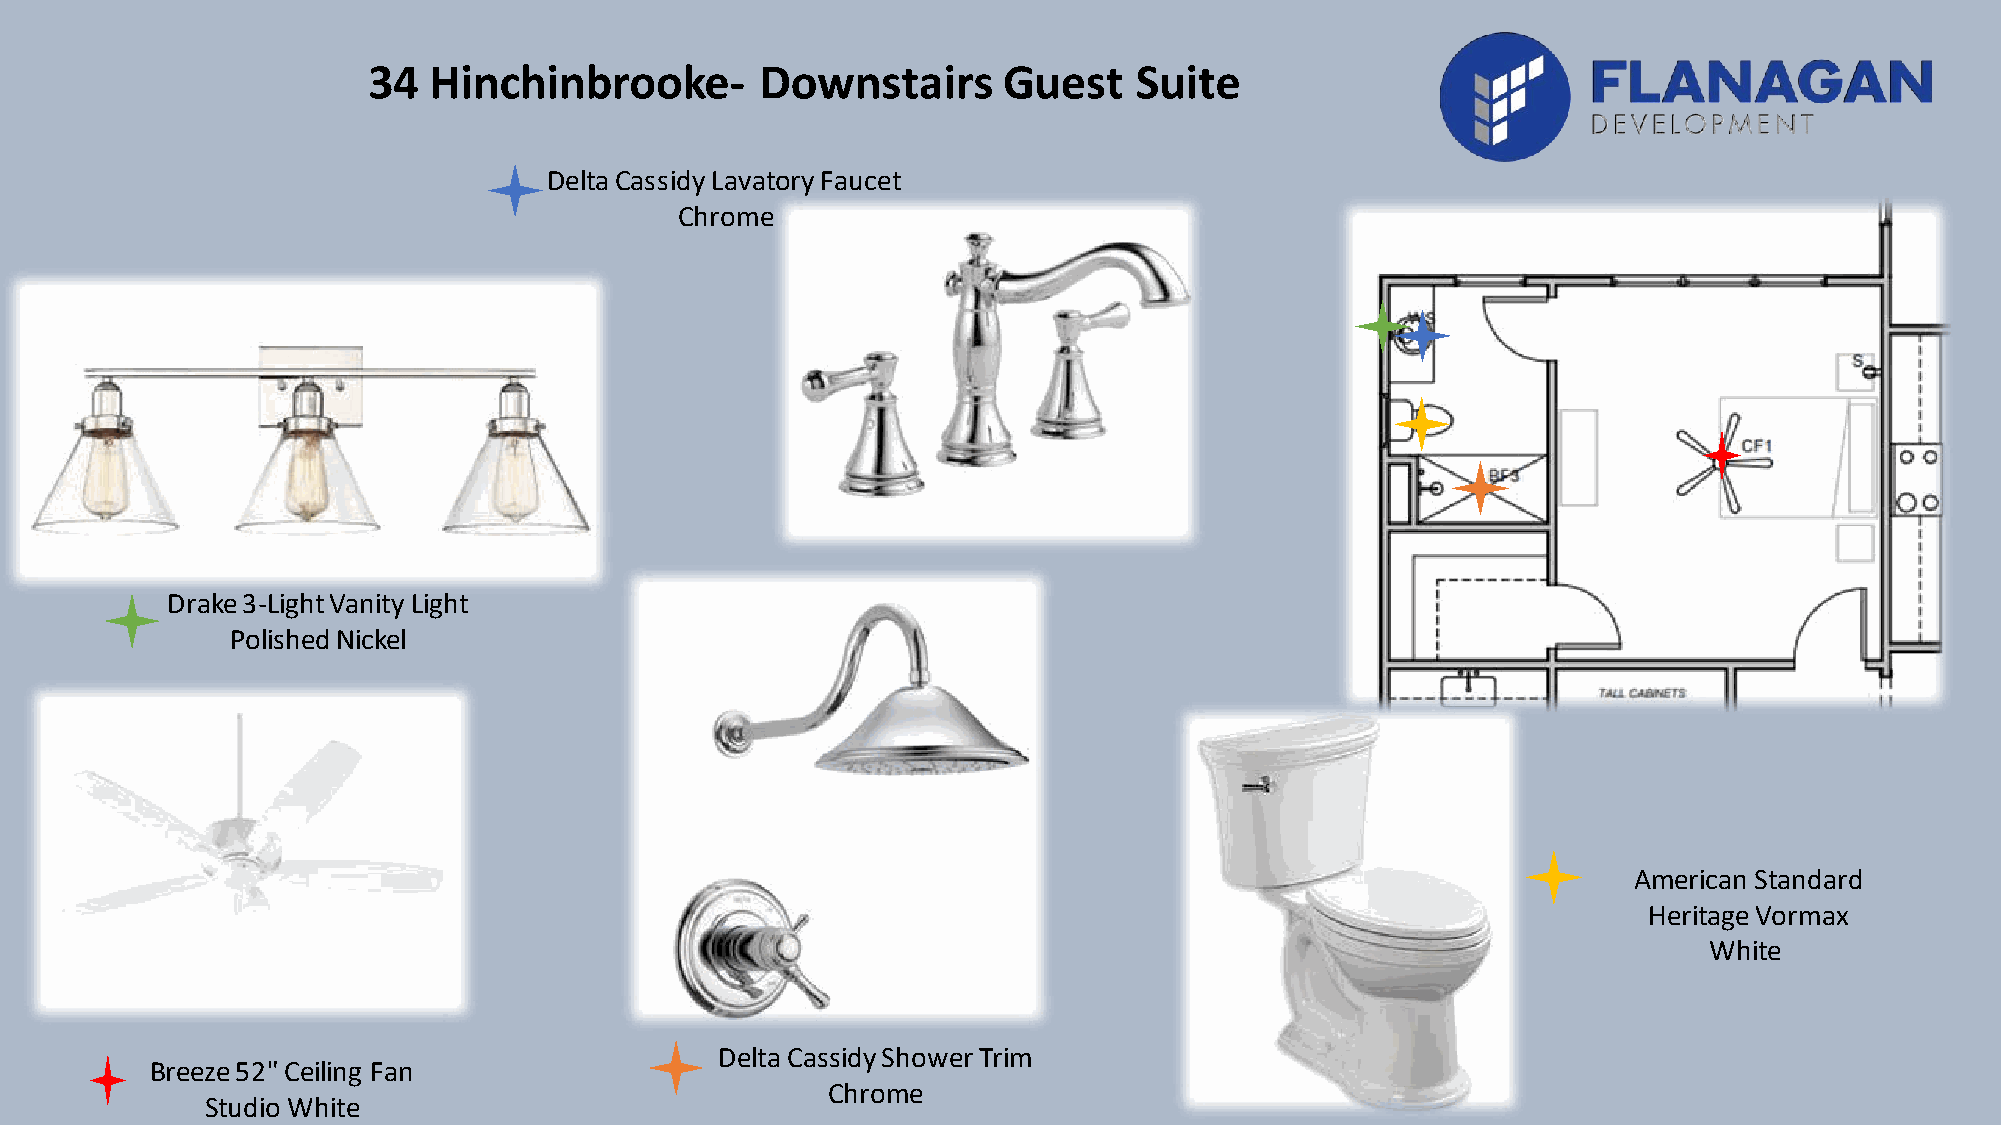
34  Hinchinbrooke-        Downstairs      Guest    Suite
 Delta Cassidy Lavatory Faucet
 Chrome
 Drake 3-Light Vanity Light
 Polished Nickel
 American Standard
 Heritage Vormax
 White
 Delta Cassidy Shower Trim
 Breeze 52" Ceiling Fan
 Chrome
 Studio White